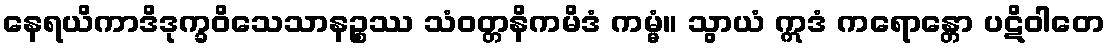
နေရယိကာဒိဒုက္ခဝိသေသာနဉ္စဿ သံဝတ္တနိကမိဒံ ကမ္မံ။ သွာယံ ဣဒံ ကရောန္တော ပဋိဝါတေ